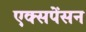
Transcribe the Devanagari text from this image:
एक्सपेंसन